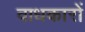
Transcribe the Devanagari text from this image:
वाधकारों